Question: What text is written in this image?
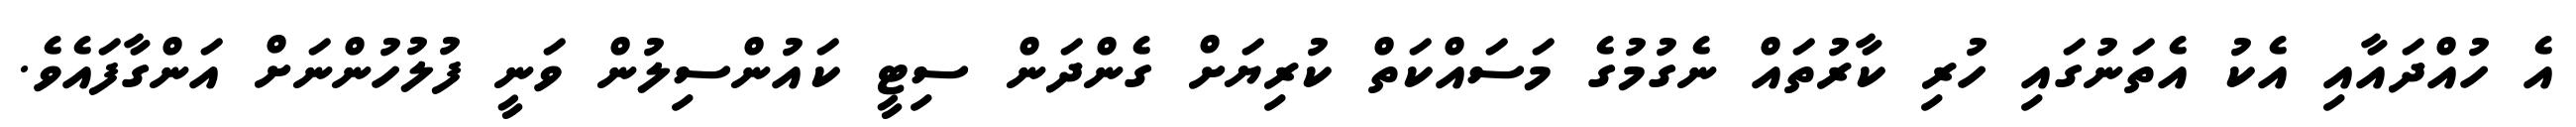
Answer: އެ ހުއްދައާއި އެކު އެތަނުގައި ހުރި ކާރުތައް ނެގުމުގެ މަސައްކަތް ކުރިޔަށް ގެންދަން ސިޓީ ކައުންސިލުން ވަނީ ފުލުހުންނަށް އަންގާފައެވެ.